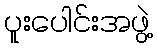
ပူးပေါင်းအဖွဲ့